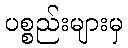
ပစ္စည်းများမှ